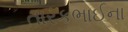
તારકભાઈના